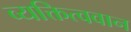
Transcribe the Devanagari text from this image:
व्यक्तित्ववान